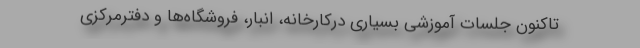
تاکنون جلسات آموزشی بسیاری درکارخانه، انبار، فروشگاه‌ها و دفترمرکزی